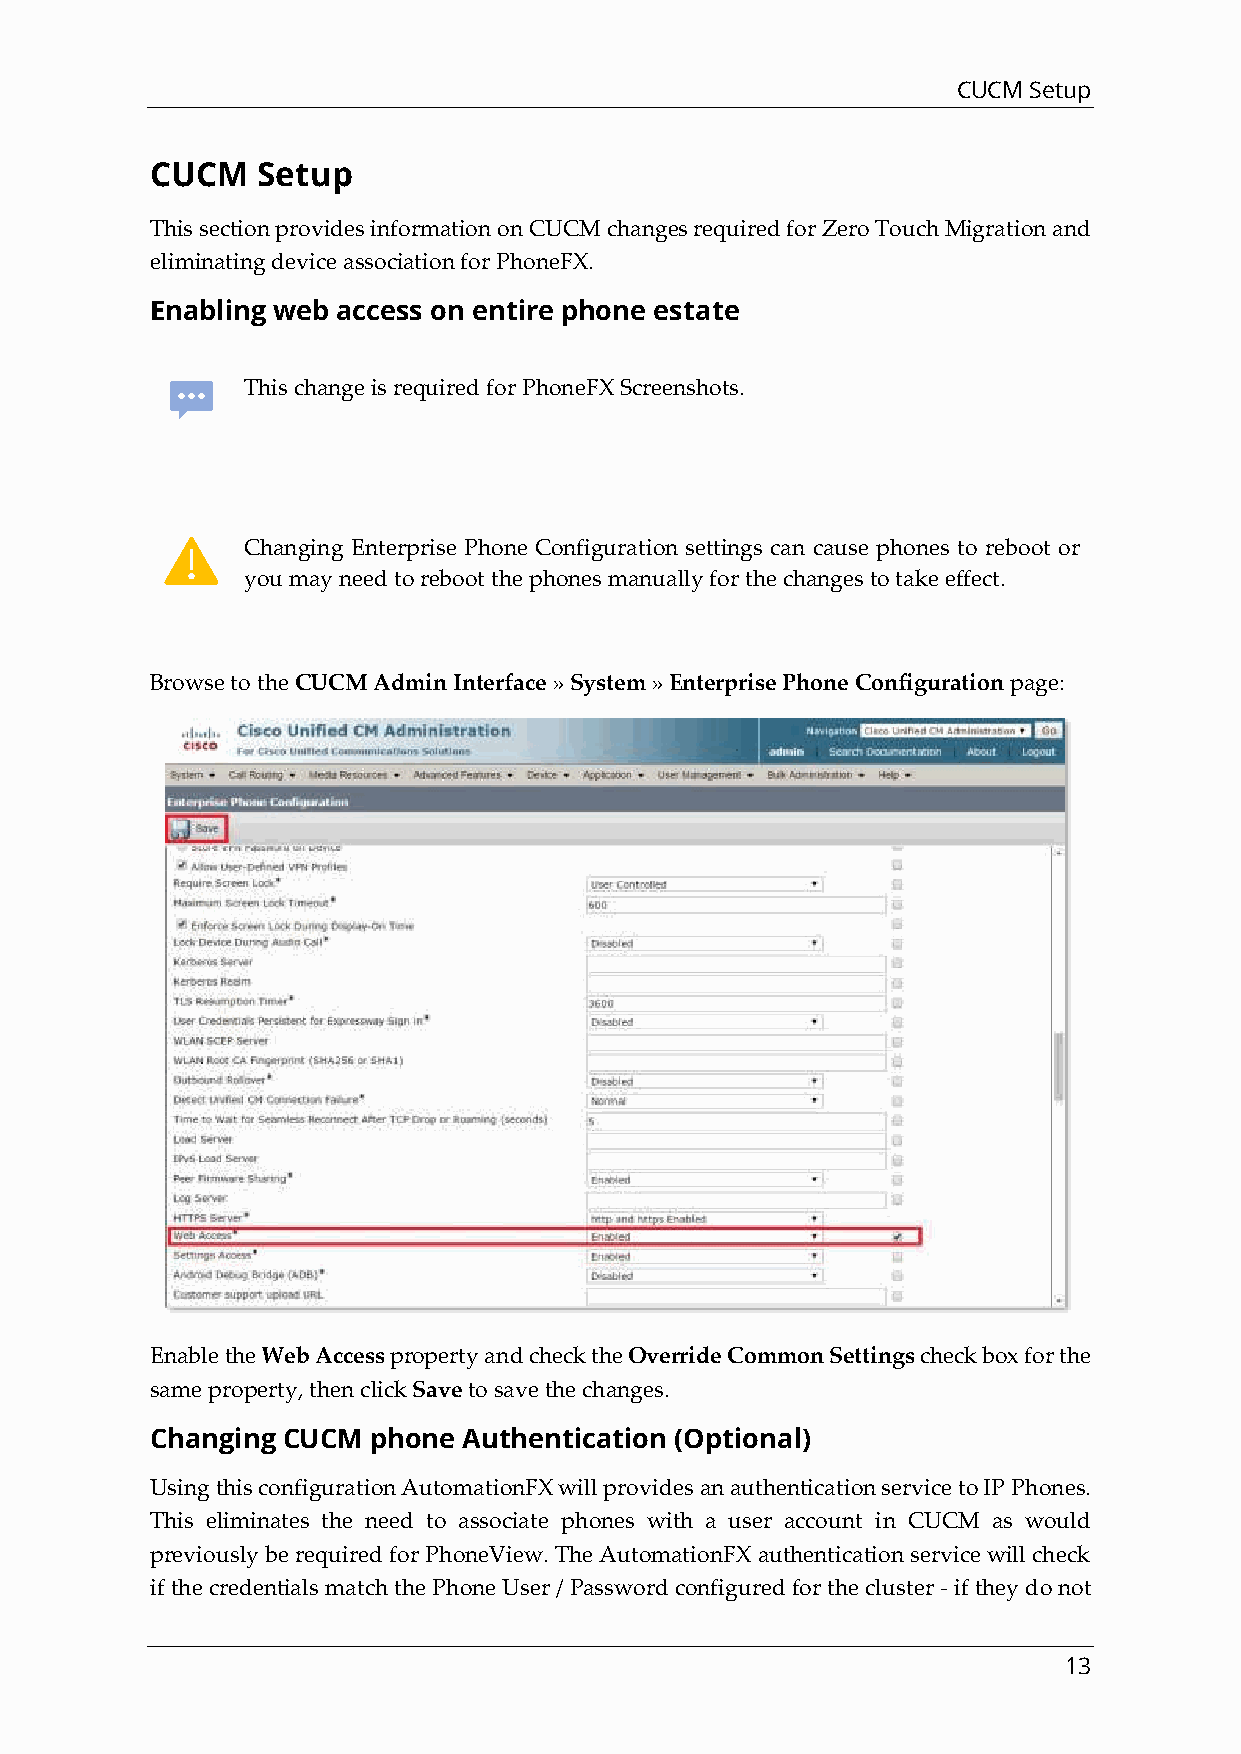
CUCM Setup
 CUCM   Setup
 This section provides information on CUCM changes required for Zero Touch Migration and
 eliminating device association for PhoneFX.
 Enabling web access on entire phone estate
 This change is required for PhoneFX Screenshots.
 Changing Enterprise Phone Configuration settings can cause phones to reboot or
 you may need to reboot the phones manually for the changes to take effect.
 Browse to the CUCM Admin Interface » System » Enterprise Phone Configuration page:
 Enable the Web Access property and check the Override Common Settings check box for the
 same property, then click Save to save the changes.
 Changing CUCM  phone Authentication (Optional)
 Using this configuration AutomationFX will provides an authentication service to IP Phones.
 This eliminates the need to associate phones with a user account in CUCM as would
 previously be required for PhoneView. The AutomationFX authentication service will check
 if the credentials match the Phone User / Password configured for the cluster - if they do not
 13